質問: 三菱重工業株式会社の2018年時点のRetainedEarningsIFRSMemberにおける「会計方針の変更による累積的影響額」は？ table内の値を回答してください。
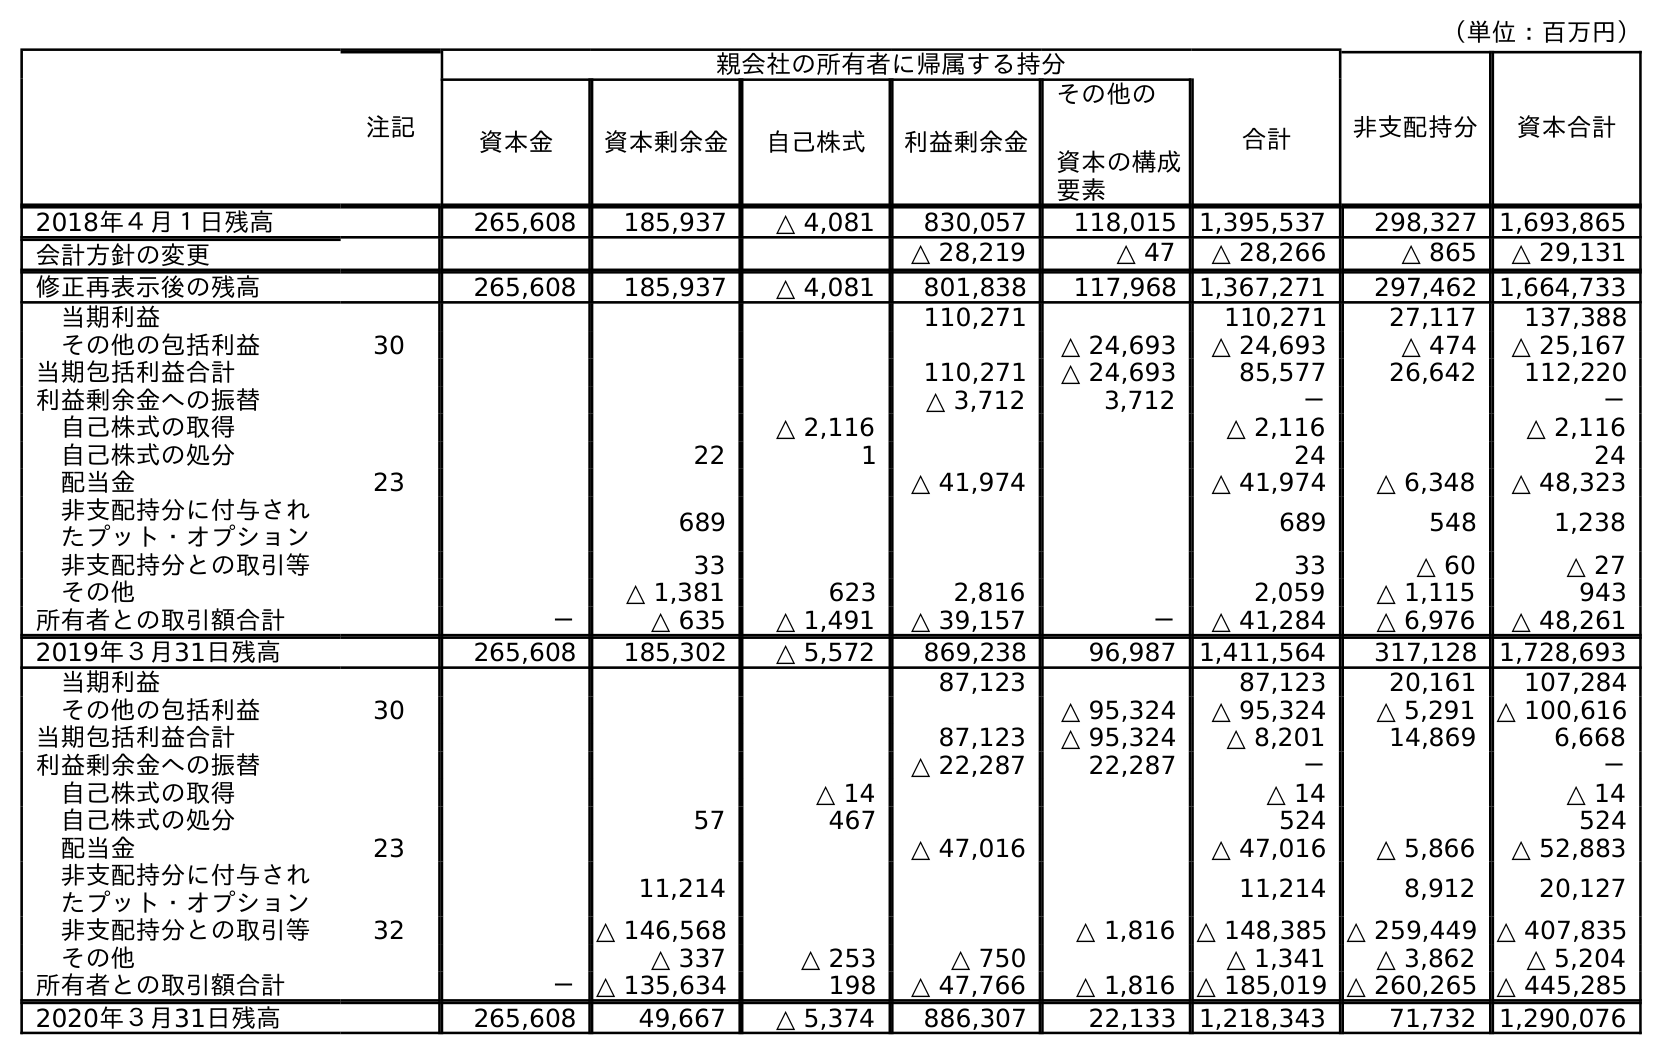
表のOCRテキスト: （単位：百万円） 注記 親会社の所有者に帰属する持分 非支配持分 資本合計 資本金 資本剰余金 自己株式 利益剰余金 その他の 資本の構成 要素 合計 2018年４月１日残高 265,608 185,937 △ 4,081 830,057 118,015 1,395,537 298,327 1,693,865 会計方針の変更 △ 28,219 △ 47 △ 28,266 △ 865 △ 29,131 修正再表示後の残高 265,608 185,937 △ 4,081 801,838 117,968 1,367,271 297,462 1,664,733 当期利益 110,271 110,271 27,117 137,388 その他の包括利益 30 △ 24,693 △ 24,693 △ 474 △ 25,167 当期包括利益合計 110,271 △ 24,693 85,577 26,642 112,220 利益剰余金への振替 △ 3,712 3,712 － － 自己株式の取得 △ 2,116 △ 2,116 △ 2,116 自己株式の処分 22 1 24 24 配当金 23 △ 41,974 △ 41,974 △ 6,348 △ 48,323 非支配持分に付与され たプット・オプション 689 689 548 1,238 非支配持分との取引等 33 33 △ 60 △ 27 その他 △ 1,381 623 2,816 2,059 △ 1,115 943 所有者との取引額合計 － △ 635 △ 1,491 △ 39,157 － △ 41,284 △ 6,976 △ 48,261 2019年３月31日残高 265,608 185,302 △ 5,572 869,238 96,987 1,411,564 317,128 1,728,693 当期利益 87,123 87,123 20,161 107,284 その他の包括利益 30 △ 95,324 △ 95,324 △ 5,291 △ 100,616 当期包括利益合計 87,123 △ 95,324 △ 8,201 14,869 6,668 利益剰余金への振替 △ 22,287 22,287 － － 自己株式の取得 △ 14 △ 14 △ 14 自己株式の処分 57 467 524 524 配当金 23 △ 47,016 △ 47,016 △ 5,866 △ 52,883 非支配持分に付与され たプット・オプション 11,214 11,214 8,912 20,127 非支配持分との取引等 32 △ 146,568 △ 1,816 △ 148,385 △ 259,449 △ 407,835 その他 △ 337 △ 253 △ 750 △ 1,341 △ 3,862 △ 5,204 所有者との取引額合計 － △ 135,634 198 △ 47,766 △ 1,816 △ 185,019 △ 260,265 △ 445,285 2020年３月31日残高 265,608 49,667 △ 5,374 886,307 22,133 1,218,343 71,732 1,290,076
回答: △28,219